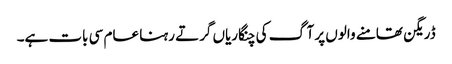
ڈریگن تھامنے والوں پر آگ کی چنگاریاں گرتے رہنا عام سی بات ہے۔